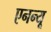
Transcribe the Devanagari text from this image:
एनन्यू